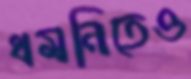
ধমনিতেও